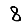
Digit: 8